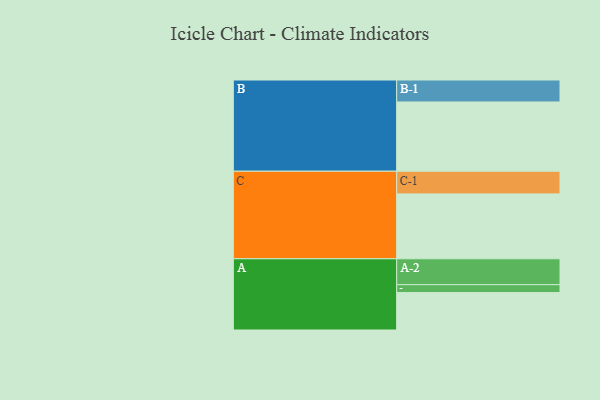
{"axis": {"x": "Segment", "y": "Value"}, "legend": ["", "A", "B", "C"], "data": [{"x": "A", "y": 324, "type": ""}, {"x": "B", "y": 599, "type": ""}, {"x": "C", "y": 561, "type": ""}, {"x": "A-1", "y": 68, "type": "A"}, {"x": "A-2", "y": 224, "type": "A"}, {"x": "B-1", "y": 190, "type": "B"}, {"x": "C-1", "y": 196, "type": "C"}]}